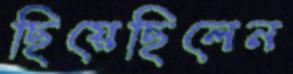
ছিয়েছিলেন